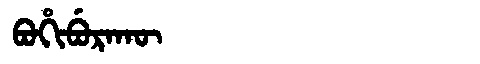
Manchu: ᠪᠣᡥᡳᠪᡠᡵᠠᡴᡡ
Romanization: BOHIBURAKŪ